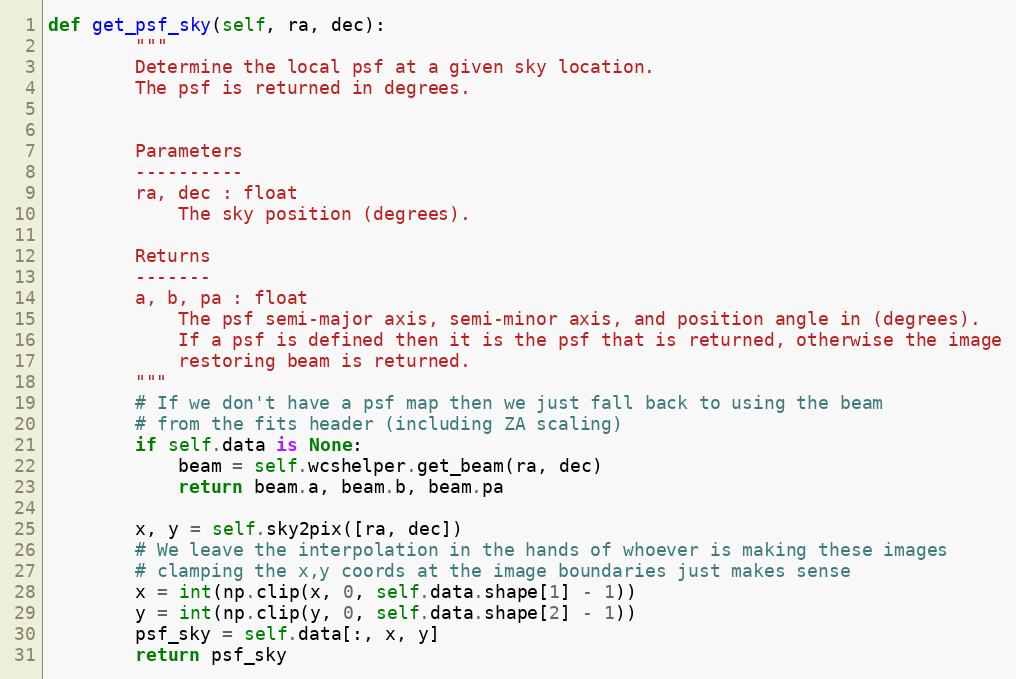
Language: Python
def get_psf_sky(self, ra, dec):
        """
        Determine the local psf at a given sky location.
        The psf is returned in degrees.

        Parameters
        ----------
        ra, dec : float
            The sky position (degrees).

        Returns
        -------
        a, b, pa : float
            The psf semi-major axis, semi-minor axis, and position angle in (degrees).
            If a psf is defined then it is the psf that is returned, otherwise the image
            restoring beam is returned.
        """
        # If we don't have a psf map then we just fall back to using the beam
        # from the fits header (including ZA scaling)
        if self.data is None:
            beam = self.wcshelper.get_beam(ra, dec)
            return beam.a, beam.b, beam.pa

        x, y = self.sky2pix([ra, dec])
        # We leave the interpolation in the hands of whoever is making these images
        # clamping the x,y coords at the image boundaries just makes sense
        x = int(np.clip(x, 0, self.data.shape[1] - 1))
        y = int(np.clip(y, 0, self.data.shape[2] - 1))
        psf_sky = self.data[:, x, y]
        return psf_sky